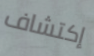
إكتشاف